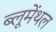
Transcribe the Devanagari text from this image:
ब्लूमेंथल